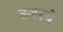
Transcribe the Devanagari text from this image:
तजरुबे